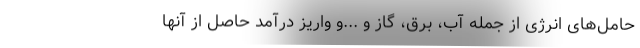
حامل‌های انرژی از جمله آب، برق، گاز و ...و واریز درآمد حاصل از آنها